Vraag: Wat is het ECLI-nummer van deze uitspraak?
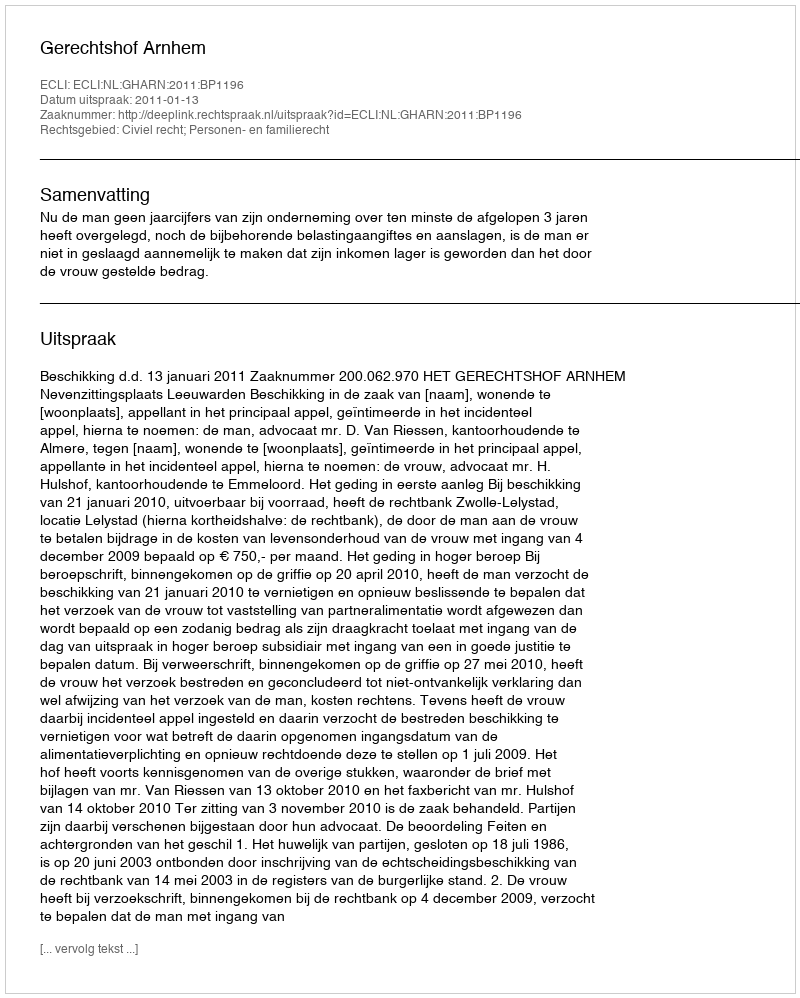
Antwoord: ECLI:NL:GHARN:2011:BP1196